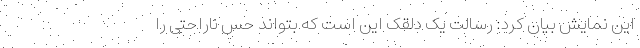
این نمایش بیان کرد: رسالت یک دلقک این است که بتواند حس ناراحتی را